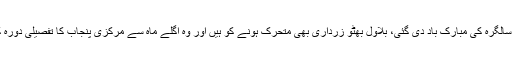
جیالوں نے کوئی بڑی تقریب تو منعقد نہ کی، تاہم کیک ضرور کاٹے اور سالگرہ کی مبارک باد دی گئی، بلاول بھٹو زرداری بھی متحرک ہونے کو ہیں اور وہ اگلے ماہ سے مرکزی پنجاب کا تفصیلی دورہ کریں گے، یہاں ورکرز کنونشنز اور دیگر تقریبات سے خطاب کریں گے۔